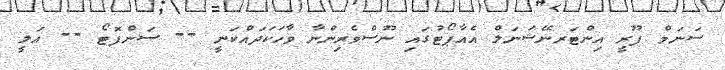
ސަނަމް ޕޫރީ އިންޓަރނޭޝަނަލް އެއާޕޯޓުގައި ނޫސްވެރިންނާ ވާހަކަދައްކަނީ -- ސަންފޮޓޯ -- އަލީ